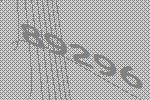
89296